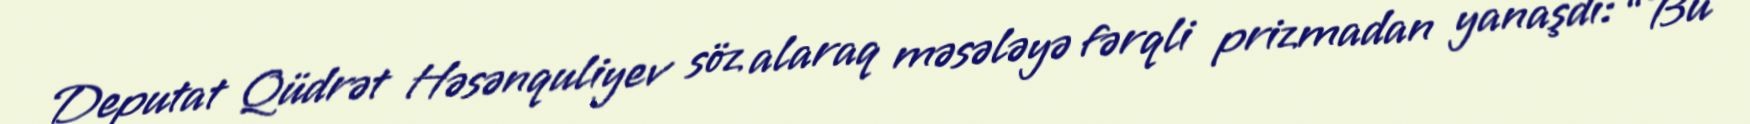
Deputat Qüdrət Həsənquliyev söz alaraq məsələyə fərqli prizmadan yanaşdı: “Bu